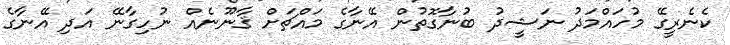
ކެނެރީގޭ މުހައްމަދު ނަޝީދު ބުނާގޮތުން އޭނާގެ މައްޗަށް ޤާނޫނެއް ނުހިގާނޭ އަދި އޭނާގެ